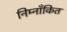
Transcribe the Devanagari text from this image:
निम्नाँकित